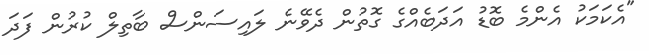
"އެކަމަކު އެންމެ ބޮޑު އަދަބެއްގެ ގޮތުން ދެވޭނެ ލައިސަންސް ބާތިލް ކުރުން ފަދަ